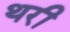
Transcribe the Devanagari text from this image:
थरी